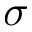
\sigma